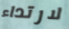
لارتداء